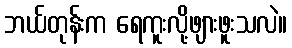
ဘယ်တုန်းက ရေကူးလို့ဖျားဖူးသလဲ။